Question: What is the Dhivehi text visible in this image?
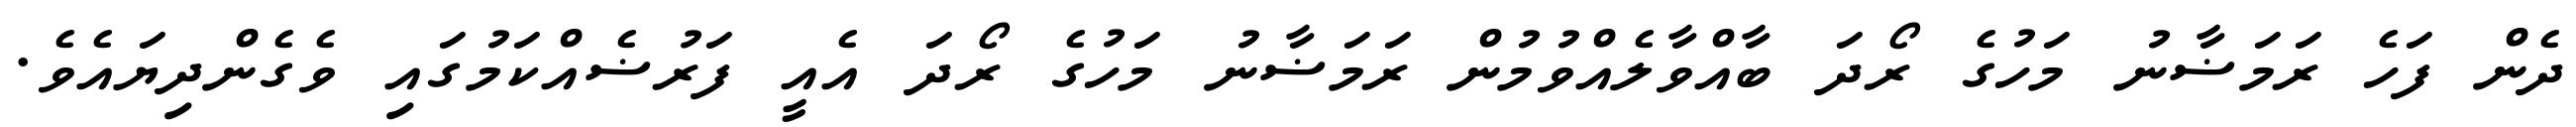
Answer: ދެން ފަހެ ރަމަޟާނު މަހުގެ ރޯދަ ބާއްވާލެއްވުމުން ރަމަޟާނު މަހުގެ ރޯދަ އެއީ ފަރުޟެއްކަމުގައި ވެގެންދިޔައެވެ.